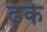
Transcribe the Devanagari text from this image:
ढ़कें